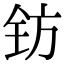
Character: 钫